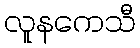
လူနကေသီ